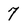
Character: 7